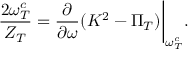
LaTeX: { \frac { 2 \omega _ { T } ^ { c } } { Z _ { T } } } = { \frac { \partial } { \partial \omega } } ( K ^ { 2 } - \Pi _ { T } ) \bigg | _ { \omega _ { T } ^ { c } } .